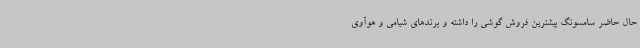
حال حاضر سامسونگ بیشترین فروش گوشی را داشته و برندهای شیامی و هوآوی